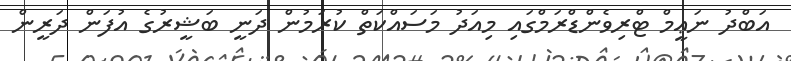
އަބްދު ނަޢީމް ޓްރިވެންޑްރަމްގައި މިއަދު މަސައްކަތް ކުރަމުން ދަނީ ބަޝީރުގެ އުފަން ދަރީން